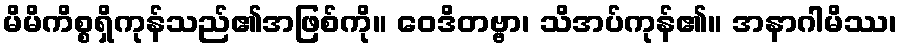
မိမိကိစ္စရှိကုန်သည်၏အဖြစ်ကို။ ဝေဒိတဗ္ဗာ၊ သိအပ်ကုန်၏။ အနာဂါမိဿ၊